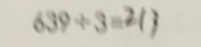
6 3 9 \div 3 = 2 1 3